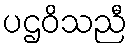
ပဌဝိသညီ